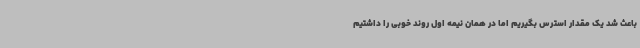
باعث شد یک مقدار استرس بگیریم اما در همان نیمه اول روند خوبی را داشتیم